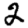
Digit: 2